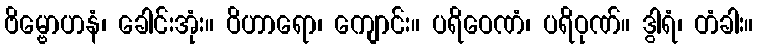
ဗိမ္ဗောဟနံ၊ ခေါင်းအုံး။ ဝိဟာရော၊ ကျောင်း။ ပရိဝေဏံ၊ ပရိဝုဏ်။ ဒွါရံ၊ တံခါး။